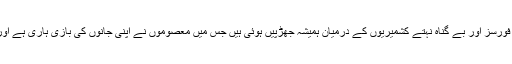
ماضی میں اس موقع پر بھارت کی قابض سیکیورٹی فورسز اور بے گناہ نہتے کشمیریوں کے درمیان ہمیشہ جھڑپیں ہوئی ہیں جس میں معصوموں نے اپنی جانوں کی بازی ہاری ہے اور یا پھر وہ زخمی ہوکر اسپتالوں میں داخل ہوئے ہیں۔